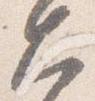
大